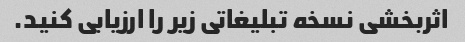
اثربخشی نسخه تبلیغاتی زیر را ارزیابی کنید.